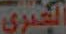
الكبرى